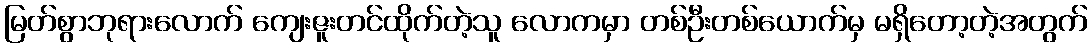
မြတ်စွာဘုရားလောက် ကျေးဇူးတင်ထိုက်တဲ့သူ လောကမှာ တစ်ဦးတစ်ယောက်မှ မရှိတော့တဲ့အတွက်